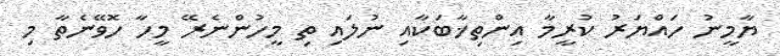
ޔާމީނު ހައްޔަރު ކުރީމާ އިންތިޚާބަކާއި ނުލައި ތި މީހުންނެރޭ މީހާ ހޮވޭނެތާ މި